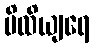
ပိထိယျရေ